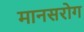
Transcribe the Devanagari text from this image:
मानसरोग